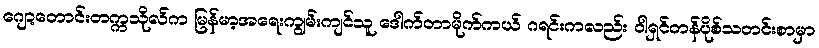
ဂျော့တောင်းတက္ကသိုလ်က မြန်မာ့အရေးကျွမ်းကျင်သူ ဒေါက်တာမိုက်ကယ် ဂရင်းကလည်း ဝါရှင်တန်ပိုစ်သတင်းစာမှာ